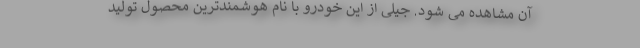
آن مشاهده می شود. جیلی از این خودرو با نام هوشمندترین محصول تولید